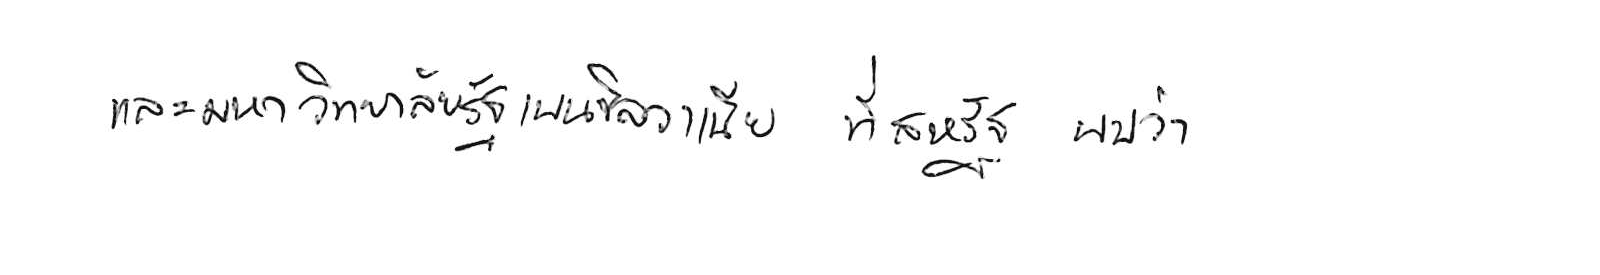
และมหาวิทยาลัยรัฐเพนซิลวาเนีย ที่สหรัฐ พบว่า